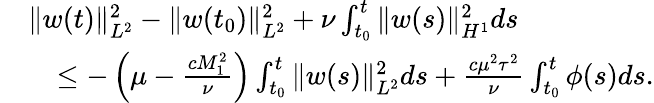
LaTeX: \begin{array}{rl}&{\| w(t)\| _{L^{2}}^{2}-\| w(t_{0})\| _{L^{2}}^{2}+\nu\int_{t_{0}}^{t}\| w(s)\| _{H^{1}}^{2}ds}\\ &{\quad\leq-\left(\mu-\frac{cM_{1}^{2}}{\nu}\right)\int_{t_{0}}^{t}\| w(s)\| _{L^{2}}^{2}ds+\frac{c\mu^{2}\tau^{2}}{\nu}\int_{t_{0}}^{t}\phi(s)ds.}\end{array}